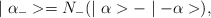
\begin{align*}\mid \alpha_{-}>=N_{-}(\mid \alpha>-\mid -\alpha>),\end{align*}